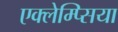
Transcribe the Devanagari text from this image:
एक्लेम्प्सिया